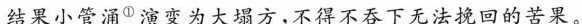
结果小管涌^{①}演变为大塌方，不得不吞下无法挽回的苦果。